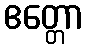
ဧတ္တော